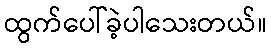
ထွက်ပေါ်ခဲ့ပါသေးတယ်။